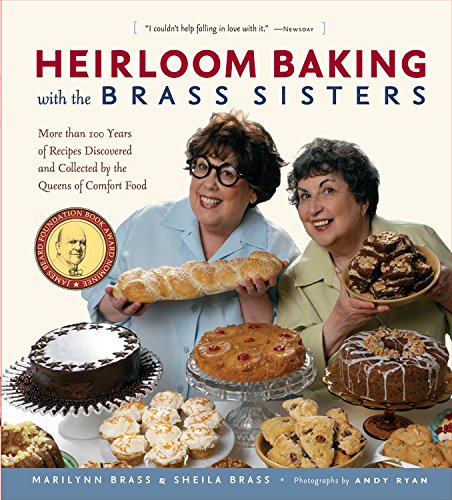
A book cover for Heirloom Baking with the Brass Sisters: More than 100 Years of Recipes Discovered and Collected by the Queens of Comfort Food?; Marilynn Brass; Cookbooks, Food & Wine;